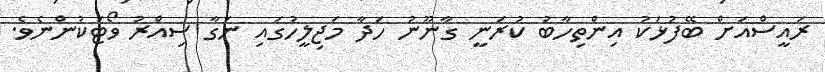
ރައީސްއަށް ބޭފުޅަކު އިންތިހާބު ކުރަނީ ގާނޫނު ހަދާ މަޖިލީހުގައި ނަގާ ސިއްރު ވޯޓަކުންނެވެ.